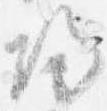
帰